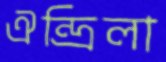
ঐন্দ্রিলা